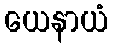
ယေနာယံ